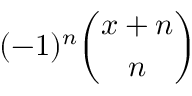
( - 1 ) ^ { n } { \binom { x + n } { n } }